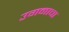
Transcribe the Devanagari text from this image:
उगमाचा